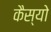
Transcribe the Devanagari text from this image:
कैस्‍यो